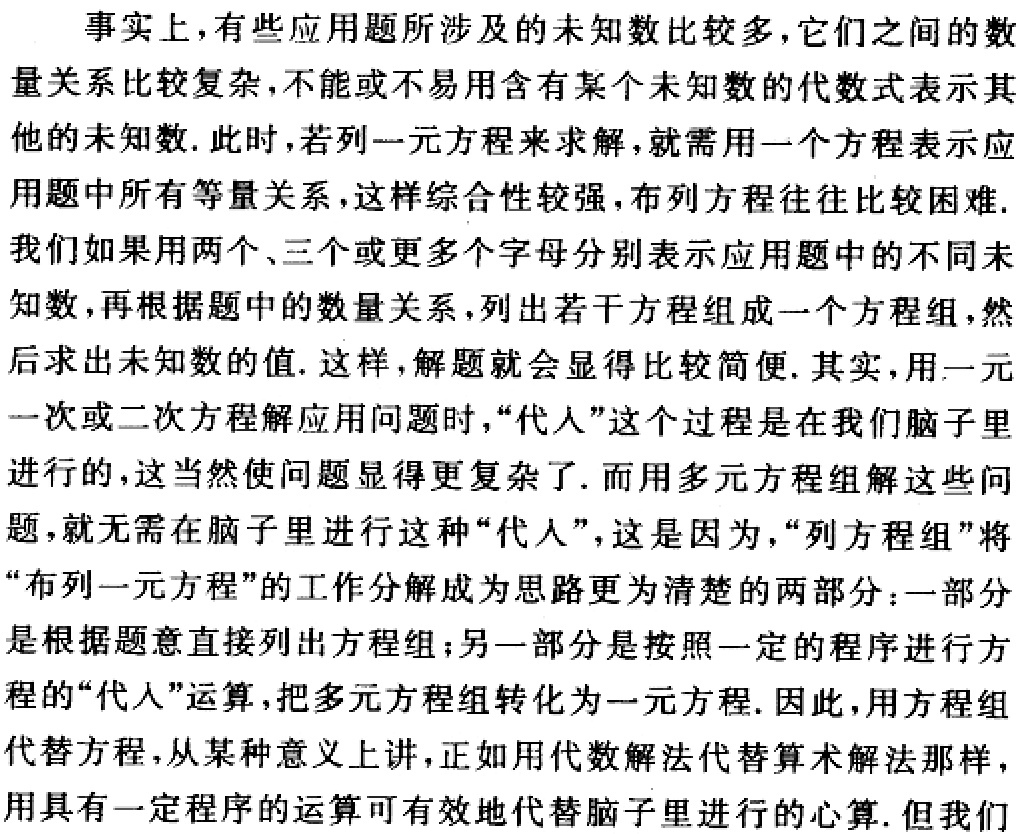
事实上，有些应用题所涉及的未知数比较多，它们之间的数
量关系比较复杂，不能或不易用含有某个未知数的代数式表示其
他的未知数. 此时，若列一元方程来求解，就需用一个方程表示应
用题中所有等量关系，这样综合性较强，布列方程往往比较困难.
我们如果用两个、三个或更多个字母分别表示应用题中的不同未
知数，再根据题中的数量关系，列出若干方程组成一个方程组，然
后求出未知数的值. 这样，解题就会显得比较简便. 其实，用一元
一次或二次方程解应用问题时，“代人”这个过程是在我们脑子里
进行的，这当然使问题显得更复杂了. 而用多元方程组解这些问
题，就无需在脑子里进行这种“代人”，这是因为，“列方程组”将
“布列一元方程”的工作分解成为思路更为清楚的两部分：一部分
是根据题意直接列出方程组；另一部分是按照一定的程序进行方
程的“代人”运算，把多元方程组转化为一元方程. 因此，用方程组
代替方程，从某种意义上讲，正如用代数解法代替算术解法那样，
用具有一定程序的运算可有效地代替脑子里进行的心算. 但我们